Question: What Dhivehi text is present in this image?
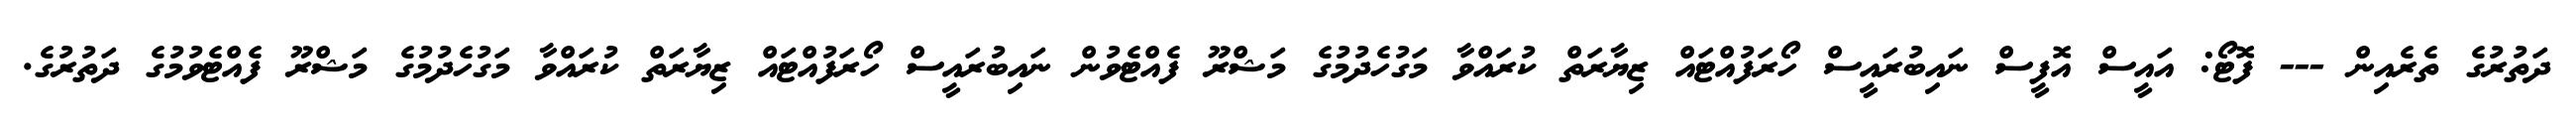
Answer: ދަތުރުގެ ތެރެއިން --- ފޮޓޯ: އައީސް އޮފީސް ނައިބުރައީސް ހޯރަފުއްޓައް ޒިޔާރަތް ކުރައްވާ މަގުހެދުމުގެ މަޝްރޫ ފެއްޓެވުން ނައިބުރައީސް ހޯރަފުއްޓައް ޒިޔާރަތް ކުރައްވާ މަގުހެދުމުގެ މަޝްރޫ ފެއްޓެވުމުގެ ދަތުރުގެ.